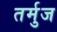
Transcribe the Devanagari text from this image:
तर्मुज